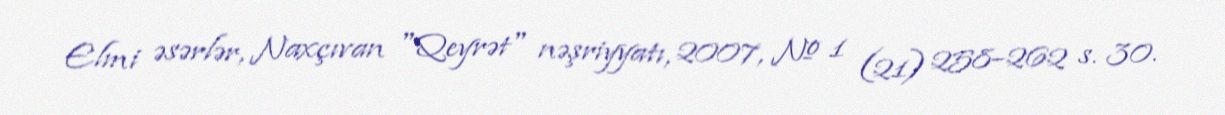
Elmi əsərlər, Naxçıvan "Qeyrət" nəşriyyatı, 2007, № 1 (21) 258–262 s. 30.